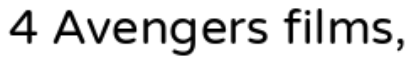
4 Avengers films,